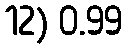
12) 0.99